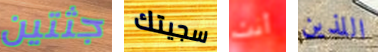
جثتين سجيتك أنت اللذين